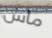
ماس